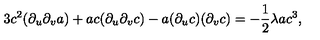
3 c ^ { 2 } ( \partial _ { u } \partial _ { v } a ) + a c ( \partial _ { u } \partial _ { v } c ) - a ( \partial _ { u } c ) ( \partial _ { v } c ) = - \frac { 1 } { 2 } \lambda a c ^ { 3 } ,